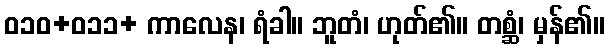
ဝ၁၀+၀၁၁+ ကာလေန၊ ရံခါ။ ဘူတံ၊ ဟုတ်၏။ တစ္ဆံ၊ မှန်၏။